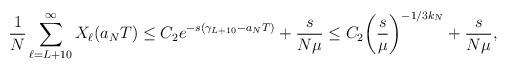
LaTeX: \begin{align*}\frac{1}{N} \sum_{\ell=L+10}^{\infty} X_{\ell}(a_N T) \leq C_2 e^{-s(\gamma_{L+10} - a_N T)} + \frac{s}{N \mu} \leq C_2 \bigg( \frac{s}{\mu} \bigg)^{-1/3k_N} + \frac{s}{N \mu},\end{align*}